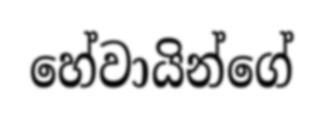
හේවායින්ගේ